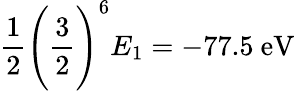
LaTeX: {\frac{1}{2}}{\Bigg(}{\frac{3}{2}}{\Bigg)}^{6}E_{1}=-77.5{\mathrm{~eV}}